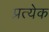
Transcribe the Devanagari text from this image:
प्रत्येेक